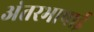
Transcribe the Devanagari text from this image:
अंतरभाषाई